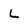
Character: L